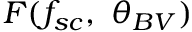
F ( f _ { s c } , ~ \theta _ { B V } )